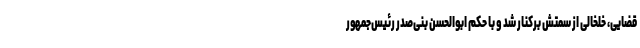
قضایی، خلخالی از سمتش برکنار شد و با حکم ابوالحسن بنی‌صدر رئیس‌جمهور